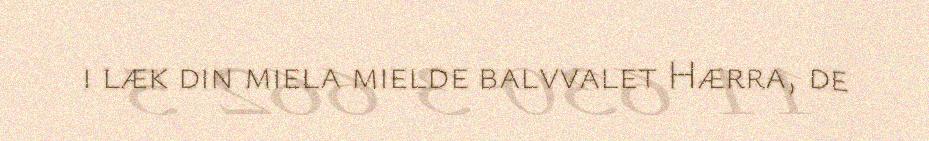
i læk din miela mielde balvvalet Hærra, de